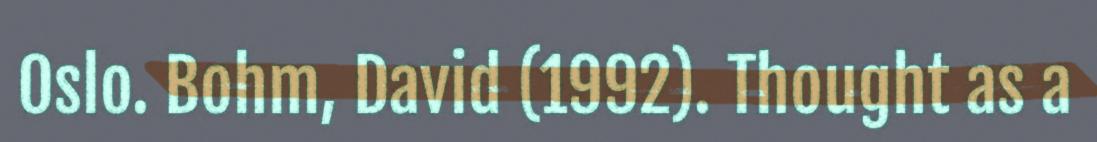
Oslo. Bohm, David (1992). Thought as a